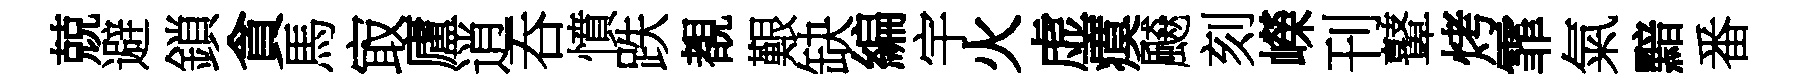
兢避鎖貪馬㝡廬逍吞憤跌覩艱缺編宇火虚瘼飇刻嶸刊鼙烤霏氣黯番